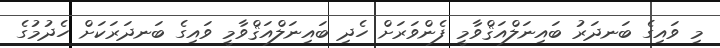
މި ވައިގެ ބަނދަރު ބައިނަލްއަޤްވާމީ ފެންވަރަށް ހެދި ބައިނަލްއަޤްވާމީ ވައިގެ ބަނދަރަކަށް ހެދުމުގެ